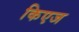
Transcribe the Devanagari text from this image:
किएज